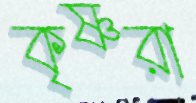
কৃষ্ণরা